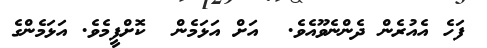
ފަހެ އެއުރެން ދެންނެވޫއެވެ.  އަށް އަޅަމެން  ކޮށްފީމެވެ. އަޅަމެންގެ